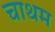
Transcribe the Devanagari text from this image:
चाथम